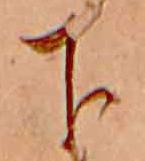
下